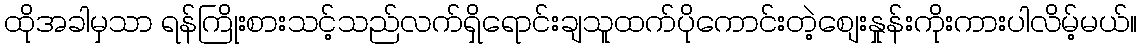
ထိုအခါမှသာ ရန်ကြိုးစားသင့်သည်လက်ရှိရောင်းချသူထက်ပိုကောင်းတဲ့စျေးနှုန်းကိုးကားပါလိမ့်မယ်။